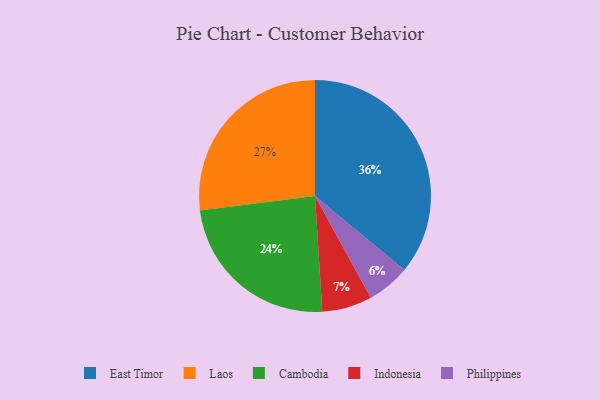
{"axis": {"x": "Category", "y": "Percentage"}, "legend": ["Cambodia", "East Timor", "Indonesia", "Laos", "Philippines"], "data": [{"x": "Indonesia", "y": 7, "type": "Indonesia"}, {"x": "Cambodia", "y": 24, "type": "Cambodia"}, {"x": "East Timor", "y": 36, "type": "East Timor"}, {"x": "Laos", "y": 27, "type": "Laos"}, {"x": "Philippines", "y": 6, "type": "Philippines"}]}